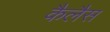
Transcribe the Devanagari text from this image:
कैलैस